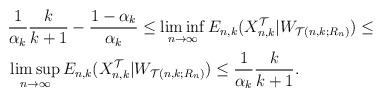
LaTeX: \begin{align*}\begin{aligned}&\frac1{\alpha_k}\frac k{k+1}-\frac{1-\alpha_k}{\alpha_k}\le\liminf_{n\to\infty}E_{n,k}(X_{n,k}^{\mathcal{T}}|W_{\mathcal{T}(n,k;R_n)})\le\\&\limsup_{n\to\infty}E_{n,k}(X_{n,k}^{\mathcal{T}}|W_{\mathcal{T}(n,k;R_n)})\le\frac1{\alpha_k}\frac k{k+1}.\end{aligned}\end{align*}